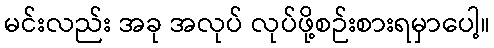
မင်းလည်း အခု အလုပ် လုပ်ဖို့စဉ်းစားရမှာပေါ့။